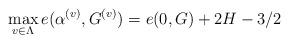
LaTeX: \begin{align*} \max_{v\in\Lambda} e(\alpha^{(v)}, G^{(v)})=e(0, G)+2H-3/2\end{align*}